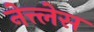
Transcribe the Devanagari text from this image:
नेत्त्लेस